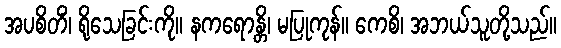
အပစိတိံ၊ ရိုသေခြင်းကို။ နကရောန္တိ၊ မပြုကုန်။ ကေစိ၊ အဘယ်သူတို့သည်။